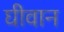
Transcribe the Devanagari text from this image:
घीवान